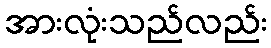
အားလုံးသည်လည်း